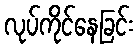
လုပ်ကိုင်နေခြင်း